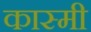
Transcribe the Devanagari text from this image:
कास्‍मी